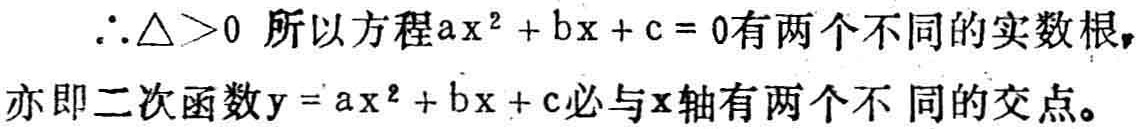
$\therefore \triangle>0$ 所以方程$ax^{2}+bx + c = 0$有两个不同的实数根, 亦即二次函数$y = ax^{2}+bx + c$必与$x$轴有两个不同的交点。